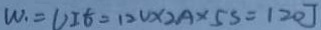
W _ { 1 } = U I t = 1 2 V \times 2 A \times 5 s = 1 2 0 J